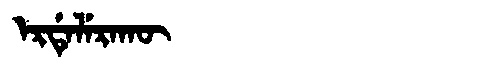
Manchu: ᡝᡵᡩᡝᠯᡝᡵᠠᡴᡡ
Romanization: ERDELERAKŪ